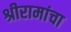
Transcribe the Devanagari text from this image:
श्रीरामांचा